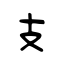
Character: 支